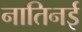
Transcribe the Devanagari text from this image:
नातिनई